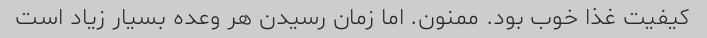
کیفیت غذا خوب بود. ممنون. اما زمان رسیدن هر وعده بسیار زیاد است